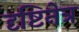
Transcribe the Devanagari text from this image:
दृष्टिनेत्र